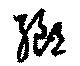
郷